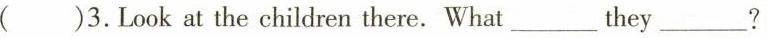
()3.Look at the children there.What ___ they ___?